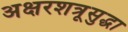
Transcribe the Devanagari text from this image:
अक्षरशत्रूसुद्धा